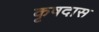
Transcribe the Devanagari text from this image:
कृषदास